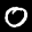
Label: 0